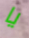
يا